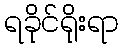
ရခိုင်ရိုးရာ